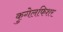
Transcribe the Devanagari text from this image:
कुगेलफिशर